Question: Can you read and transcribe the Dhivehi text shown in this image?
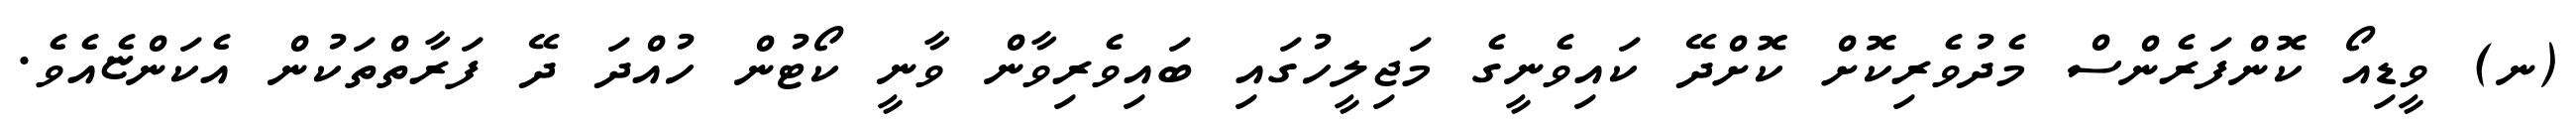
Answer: (ނ) ވީޑިއޯ ކޮންފަރެންސް މެދުވެރިކޮށް ކޮށްދޭ ކައިވެނީގެ މަޖިލީހުގައި ބައިވެރިވާން ވާނީ ކޯޓުން ހުއްދަ ދޭ ފަރާތްތަކުން އެކަންޏެއެވެ.